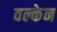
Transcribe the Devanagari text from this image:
वल्केन